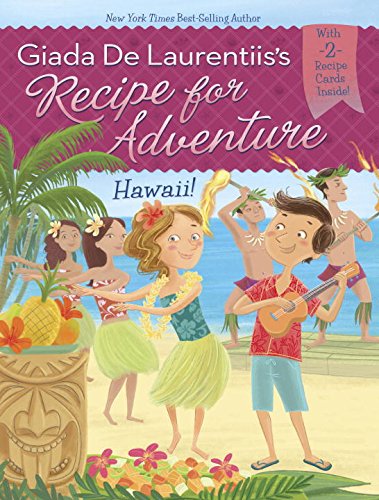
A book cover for Hawaii! #6 (Recipe for Adventure); Giada De Laurentiis; Cookbooks, Food & Wine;